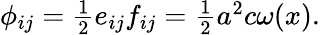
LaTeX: \begin{array}{r}{\phi_{ij}=\frac 12e_{ij}f_{ij}=\frac 12a^{2}c\omega(x).}\end{array}